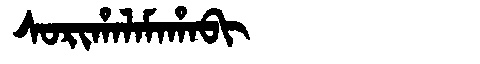
Manchu: ᠰᠣᡵᡳᡥᠠᠯᠠᠮᠠᡥᠠᠪᡳ
Romanization: SORIHALAMAHABI